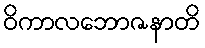
ဝိကာလဘောဇနာတိ